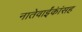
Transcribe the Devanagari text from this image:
नातेवाईंकांंसह